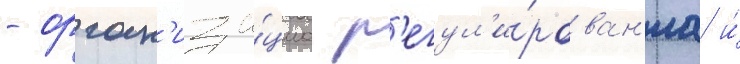
- орган'иза́циа р'егул'и́рован'иа и́